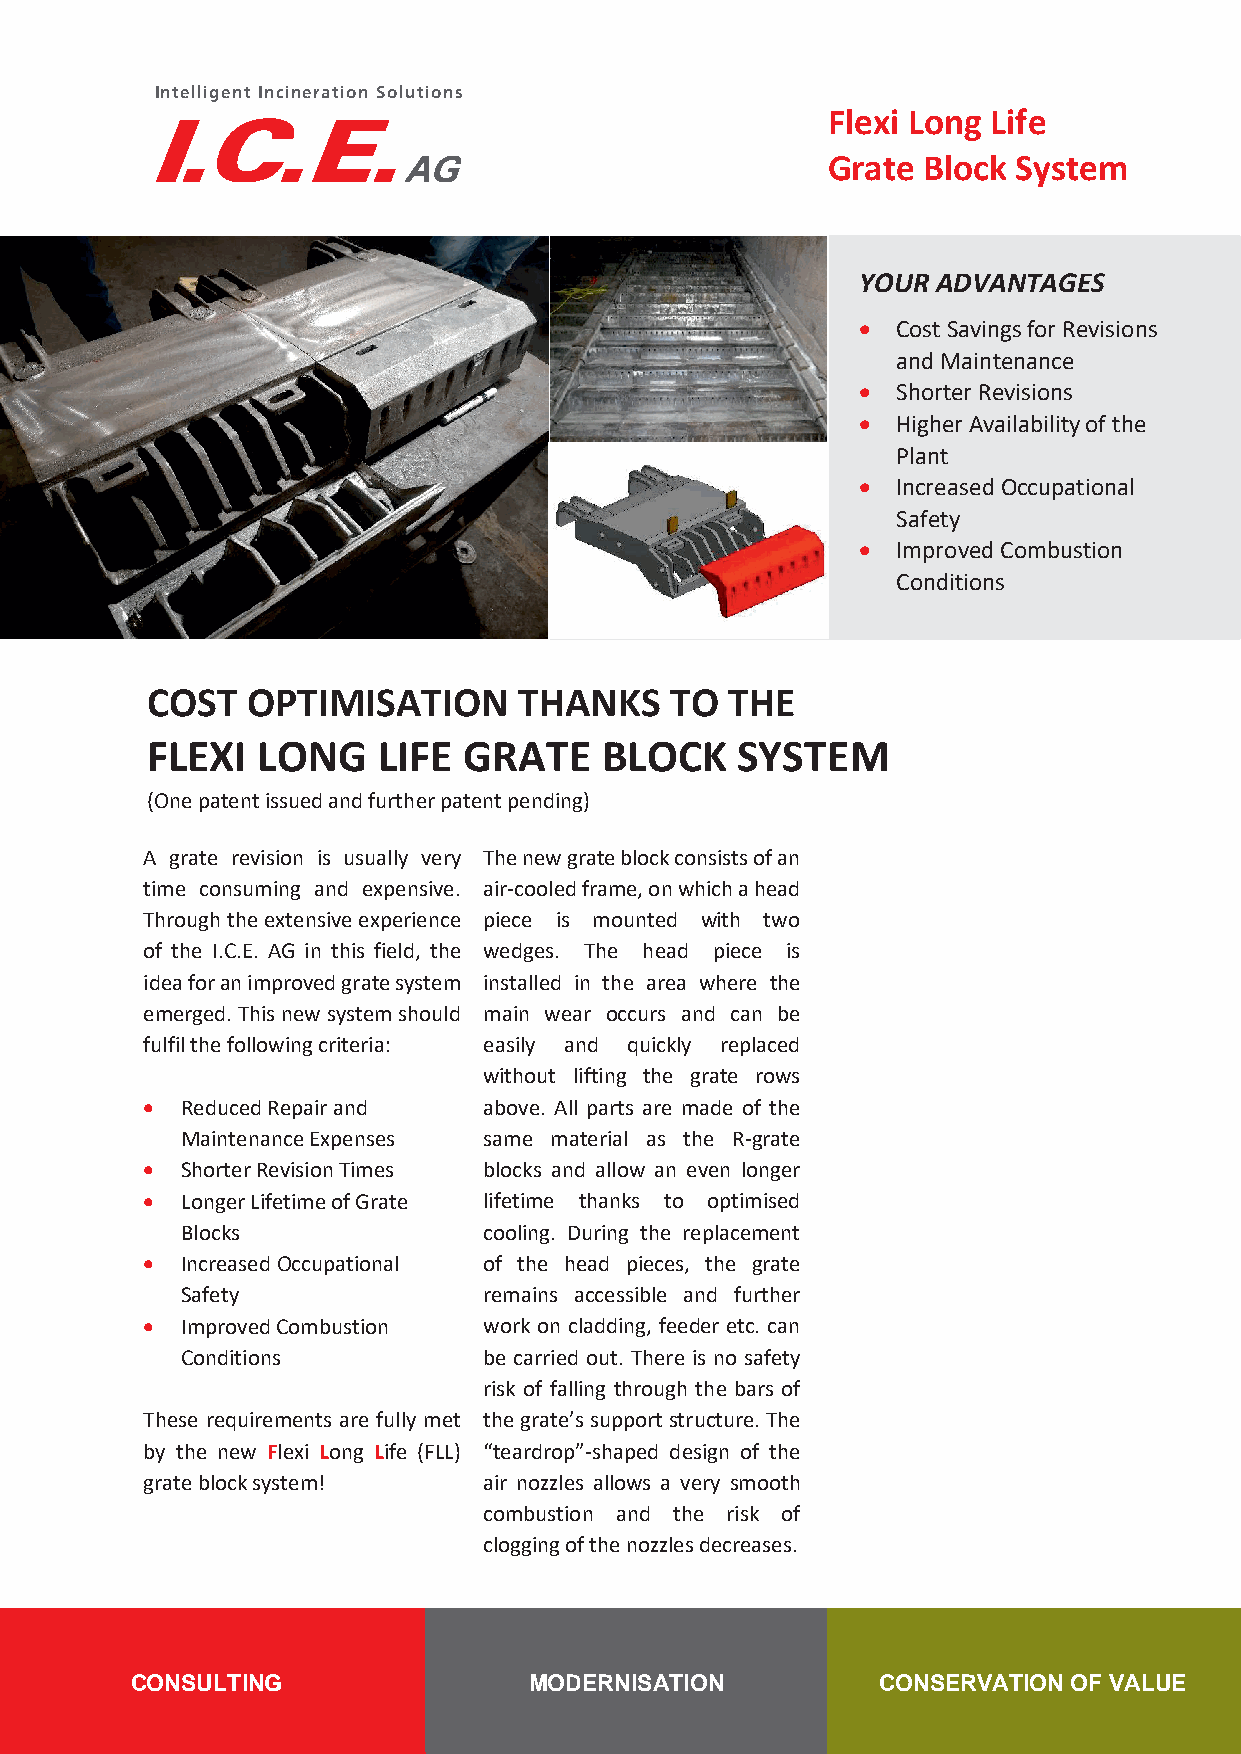
Intelligent Incineration Solutions
 Flexi Long Life
 Grate Block System
 YOUR ADVANTAGES
 • Cost Savings for Revisions
 and Maintenance
 • Shorter Revisions
 • Higher Availability of the
 Plant
 • Increased Occupational
 Safety
 • Improved Combustion
 Conditions
 COST  OPTIMISATION      THANKS    TO  THE
 FLEXI  LONG    LIFE  GRATE    BLOCK    SYSTEM
 (One patent issued and further patent pending)
 A grate revision is usually very The new grate block consists of an
 time consuming and expensive. air-cooled frame, on which a head
 Through the extensive experience piece is mounted with two
 of the I.C.E. AG in this field, the wedges. The head piece is
 idea for an improved grate system installed in the area where the
 emerged. This new system should main wear occurs and can be
 fulfil the following criteria: easily and quickly replaced
 without lifting the grate rows
 •  Reduced Repair and  above. All parts are made of the
 Maintenance Expenses same material as the R-grate
 •  Shorter Revision Times blocks and allow an even longer
 •  Longer Lifetime of Grate lifetime thanks to optimised
 Blocks              cooling. During the replacement
 •  Increased Occupational of the head pieces, the grate
 Safety              remains accessible and further
 •  Improved Combustion work on cladding, feeder etc. can
 Conditions          be carried out. There is no safety
 risk of falling through the bars of
 These requirements are fully met the grate’s support structure. The
 by the new Flexi Long Life (FLL) “teardrop”-shaped design of the
 grate block system!    air nozzles allows a very smooth
 combustion and the risk of
 clogging of the nozzles decreases.
 CONSULTING                MODERNISATION          CONSERVATION OF VALUE